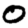
Digit: 0